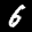
Label: 6